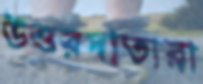
উত্তরদাতারা